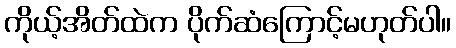
ကိုယ့်အိတ်ထဲက ပိုက်ဆံကြောင့်မဟုတ်ပါ။